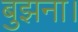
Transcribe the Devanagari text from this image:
बुझना।